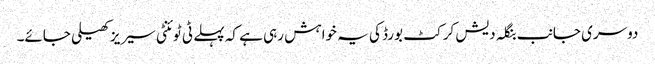
دوسری جانب بنگلہ دیش کرکٹ بورڈ کی یہ خواہش رہی ہے کہ پہلے ٹی ٹوئنٹی سیریز کھیلی جائے۔